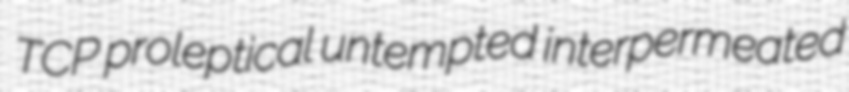
TCP proleptical untempted interpermeated